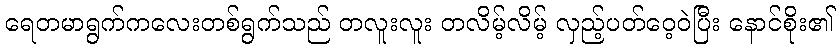
ရေတမာရွက်ကလေးတစ်ရွက်သည် တလူးလူး တလိမ့်လိမ့် လှည့်ပတ်ဝေ့ဝဲပြီး နောင်စိုး၏